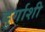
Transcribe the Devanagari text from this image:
दुर्गाशी